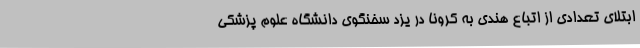
ابتلای تعدادی از اتباع هندی به کرونا در یزد سخنگوی دانشگاه علوم پزشکی